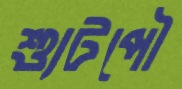
শ্যুটপৌ